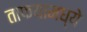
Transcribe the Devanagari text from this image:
ताफयामध्ये